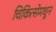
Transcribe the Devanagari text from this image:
चिकित्सेमधून